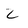
Character: z